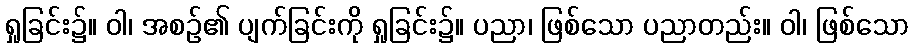
ရှုခြင်း၌။ ဝါ၊ အစဉ်၏ ပျက်ခြင်းကို ရှုခြင်း၌။ ပညာ၊ ဖြစ်သော ပညာတည်း။ ဝါ၊ ဖြစ်သော